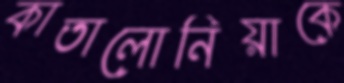
কাতালোনিয়াকে